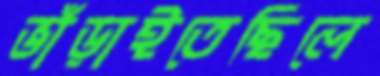
ভাঁড়াইতেছিলে